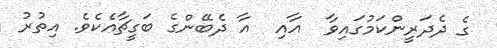
ގެ ދެދަރީންކަމުގައިވާ  އާއި  އާ ދެބޭންގެ ބަގީޗާއެކެވެ. އިތުރު